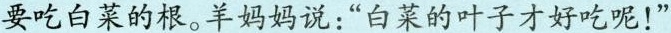
要吃白菜的根。羊妈妈说：“白菜的叶子才好吃呢！”